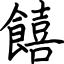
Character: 饎